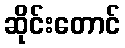
ဆိုင်းတောင်